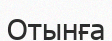
Отынға